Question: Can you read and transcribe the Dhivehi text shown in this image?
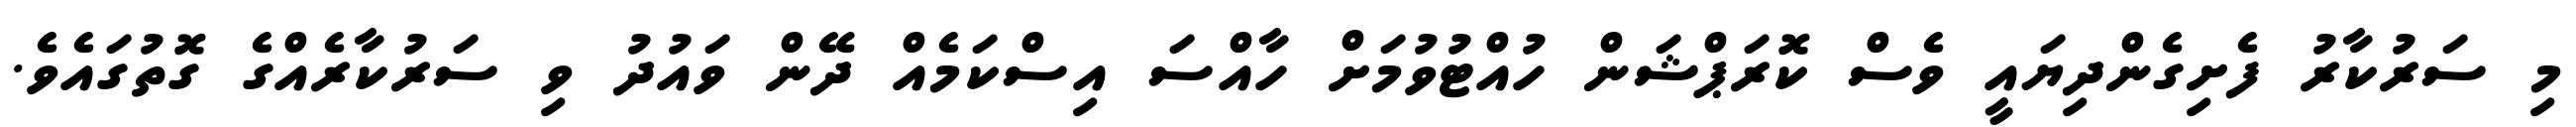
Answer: މި ސަރުކާރު ފެށިގެންދިޔައީ ވެސް ކޮރަޕްޝަން ހުއްޓުވުމަށް ހާއްސަ އިސްކަމެއް ދޭން ވައުދު ވި ސަރުކާރެއްގެ ގޮތުގައެވެ.